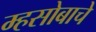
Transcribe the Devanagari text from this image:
म्हसोबाचे